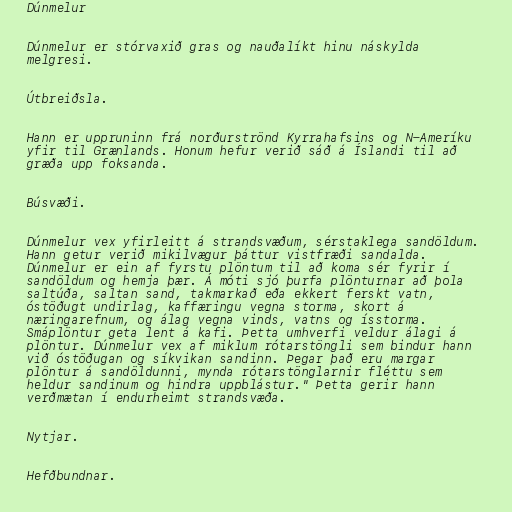
Dúnmelur

Dúnmelur er stórvaxið gras og nauðalíkt hinu náskylda
melgresi.

Útbreiðsla.

Hann er uppruninn frá norðurströnd Kyrrahafsins og N-Ameríku
yfir til Grænlands. Honum hefur verið sáð á Íslandi til að
græða upp foksanda.

Búsvæði.

Dúnmelur vex yfirleitt á strandsvæðum, sérstaklega sandöldum.
Hann getur verið mikilvægur þáttur vistfræði sandalda.
Dúnmelur er ein af fyrstu plöntum til að koma sér fyrir í
sandöldum og hemja þær. Á móti sjó þurfa plönturnar að þola
saltúða, saltan sand, takmarkað eða ekkert ferskt vatn,
óstöðugt undirlag, kaffæringu vegna storma, skort á
næringarefnum, og álag vegna vinds, vatns og ísstorma.
Smáplöntur geta lent á kafi. Þetta umhverfi veldur álagi á
plöntur. Dúnmelur vex af miklum rótarstöngli sem bindur hann
við óstöðugan og síkvikan sandinn. Þegar það eru margar
plöntur á sandöldunni, mynda rótarstönglarnir fléttu sem
heldur sandinum og hindra uppblástur." Þetta gerir hann
verðmætan í endurheimt strandsvæða.

Nytjar.

Hefðbundnar.